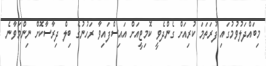
މިބައްދަލުވުމުގައި ފުރަތަމަ ކުރިއަށް ގެންދެވީ ކޮމިޓީއަށް އައިސްފައިވާ ރަހުނުގެ ބިލް ދިރާސާކޮށް ނިންމަވާނެ